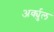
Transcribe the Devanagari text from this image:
अर्क्युल